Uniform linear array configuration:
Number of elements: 48
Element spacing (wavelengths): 1
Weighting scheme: exponential
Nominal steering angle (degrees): -45
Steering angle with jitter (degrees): -44.667
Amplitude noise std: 0.05
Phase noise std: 0.05

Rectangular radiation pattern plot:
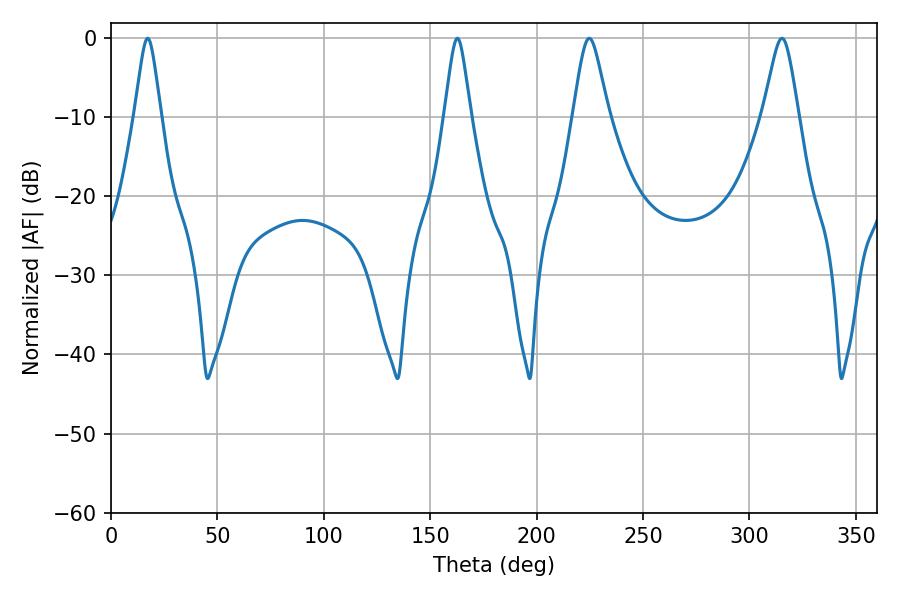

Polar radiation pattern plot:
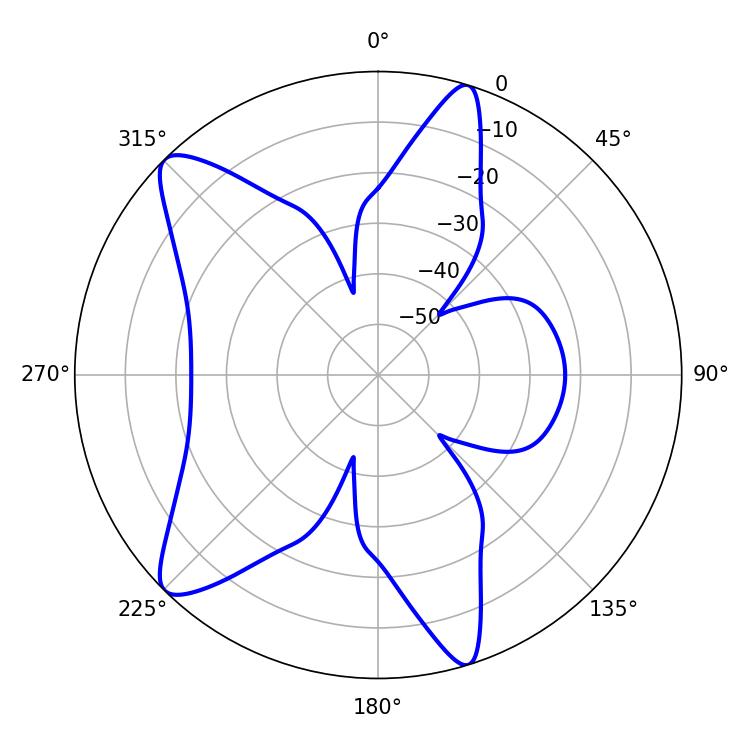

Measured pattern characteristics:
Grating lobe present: TRUE
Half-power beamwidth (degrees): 5.94
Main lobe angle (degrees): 17.28